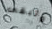
وتبقى